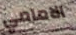
الامامي